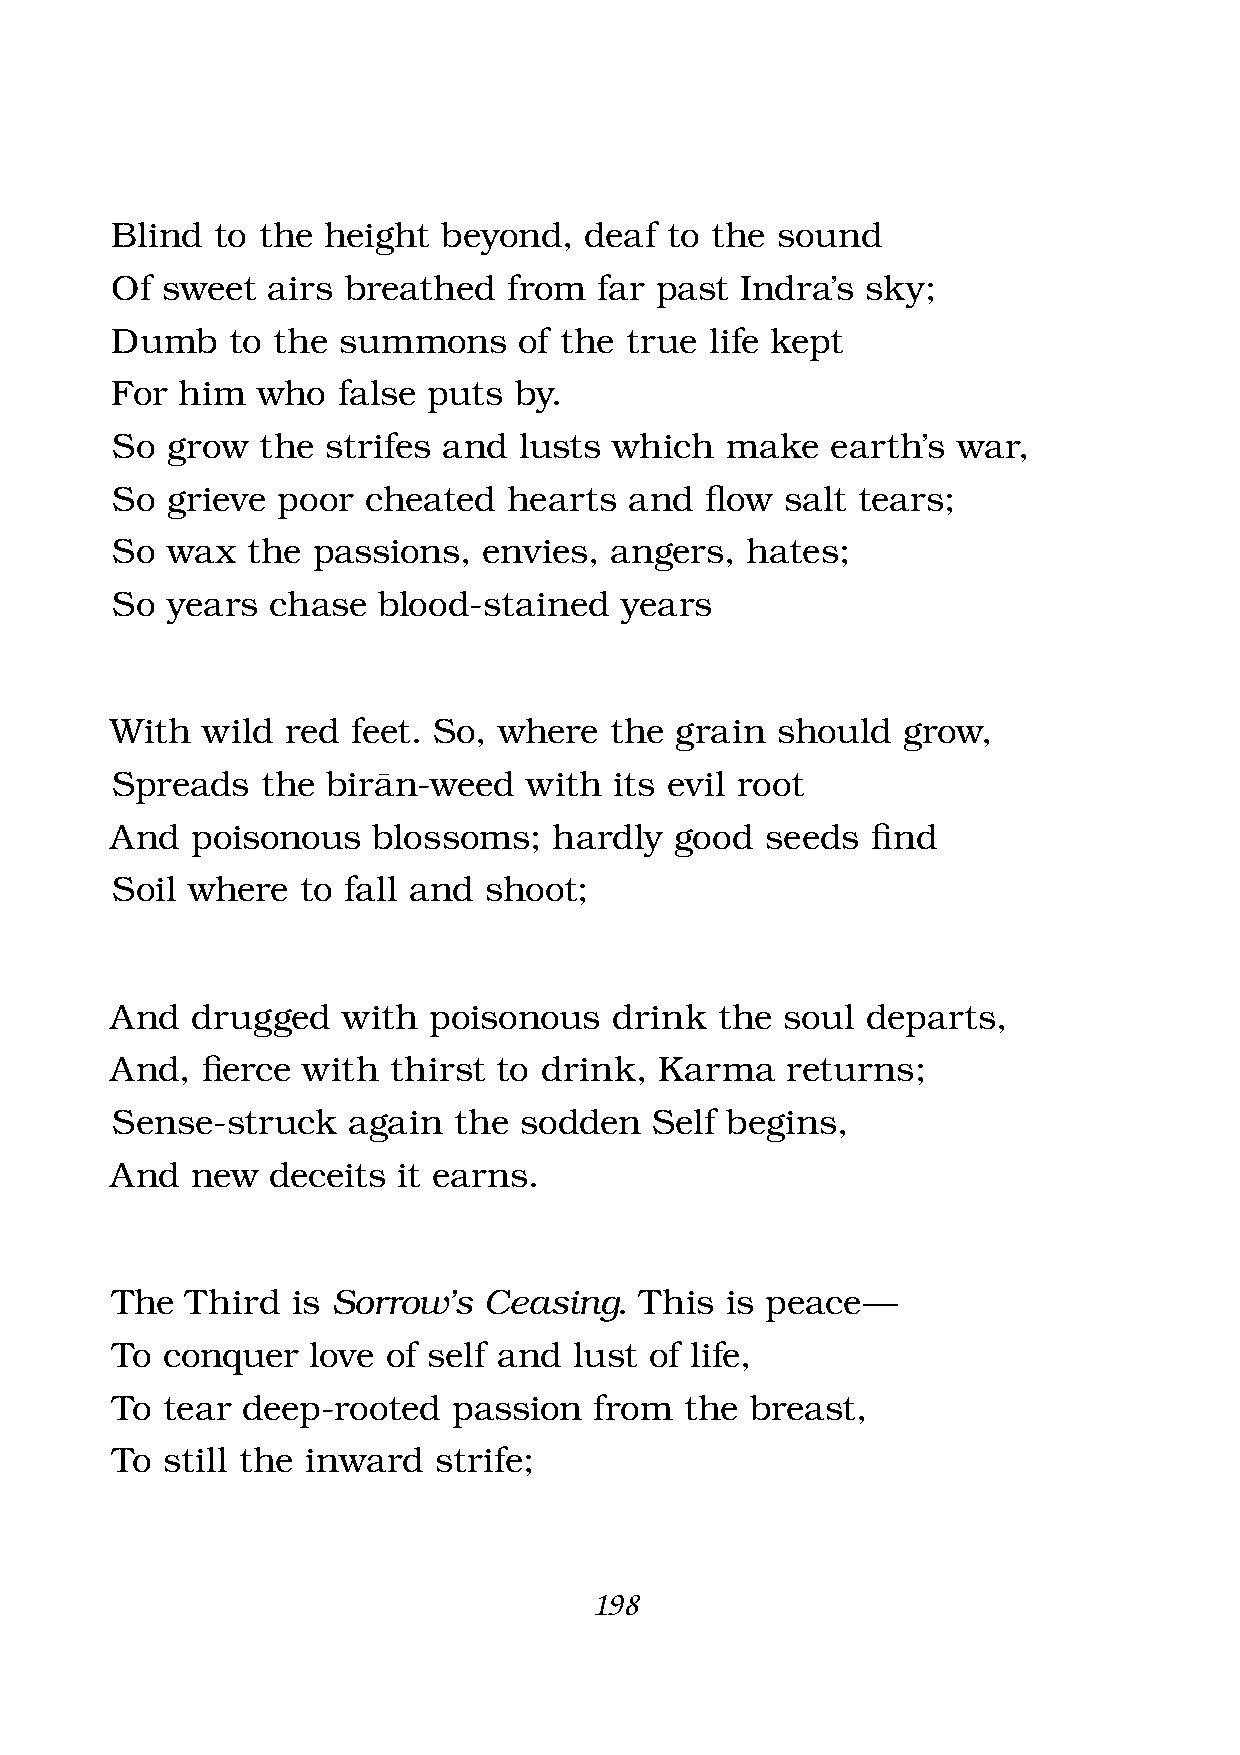
Blind  to the height  beyond,   deaf to the sound
 Of  sweet  airs breathed   from  far past Indra’s sky;
 Dumb    to the summons     of the true  life kept
 For  him  who  false puts  by.
 So  grow  the  strifes and lusts  which  make   earth’s war,
 So  grieve poor  cheated   hearts  and  fl ow salt tears;
 So  wax  the  passions,  envies, angers,  hates;
 So  years  chase  blood-stained   years
 With  wild  red feet. So, where  the  grain should   grow,
 Spreads   the  biràn-weed   with  its evil root
 And   poisonous   blossoms;   hardly  good  seeds  fi nd
 Soil where   to fall and shoot;
 And   drugged   with poisonous   drink   the soul departs,
 And,  fi erce with thirst to drink,  Karma   returns;
 Sense-struck    again  the sodden   Self begins,
 And   new  deceits it earns.
 The  Third  is Sorrow’s  Ceasing.  This  is peace —
 To  conquer   love of self and lust of life,
 To  tear deep-rooted   passion  from  the  breast,
 To  still the inward  strife;
 198